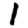
Digit: 1